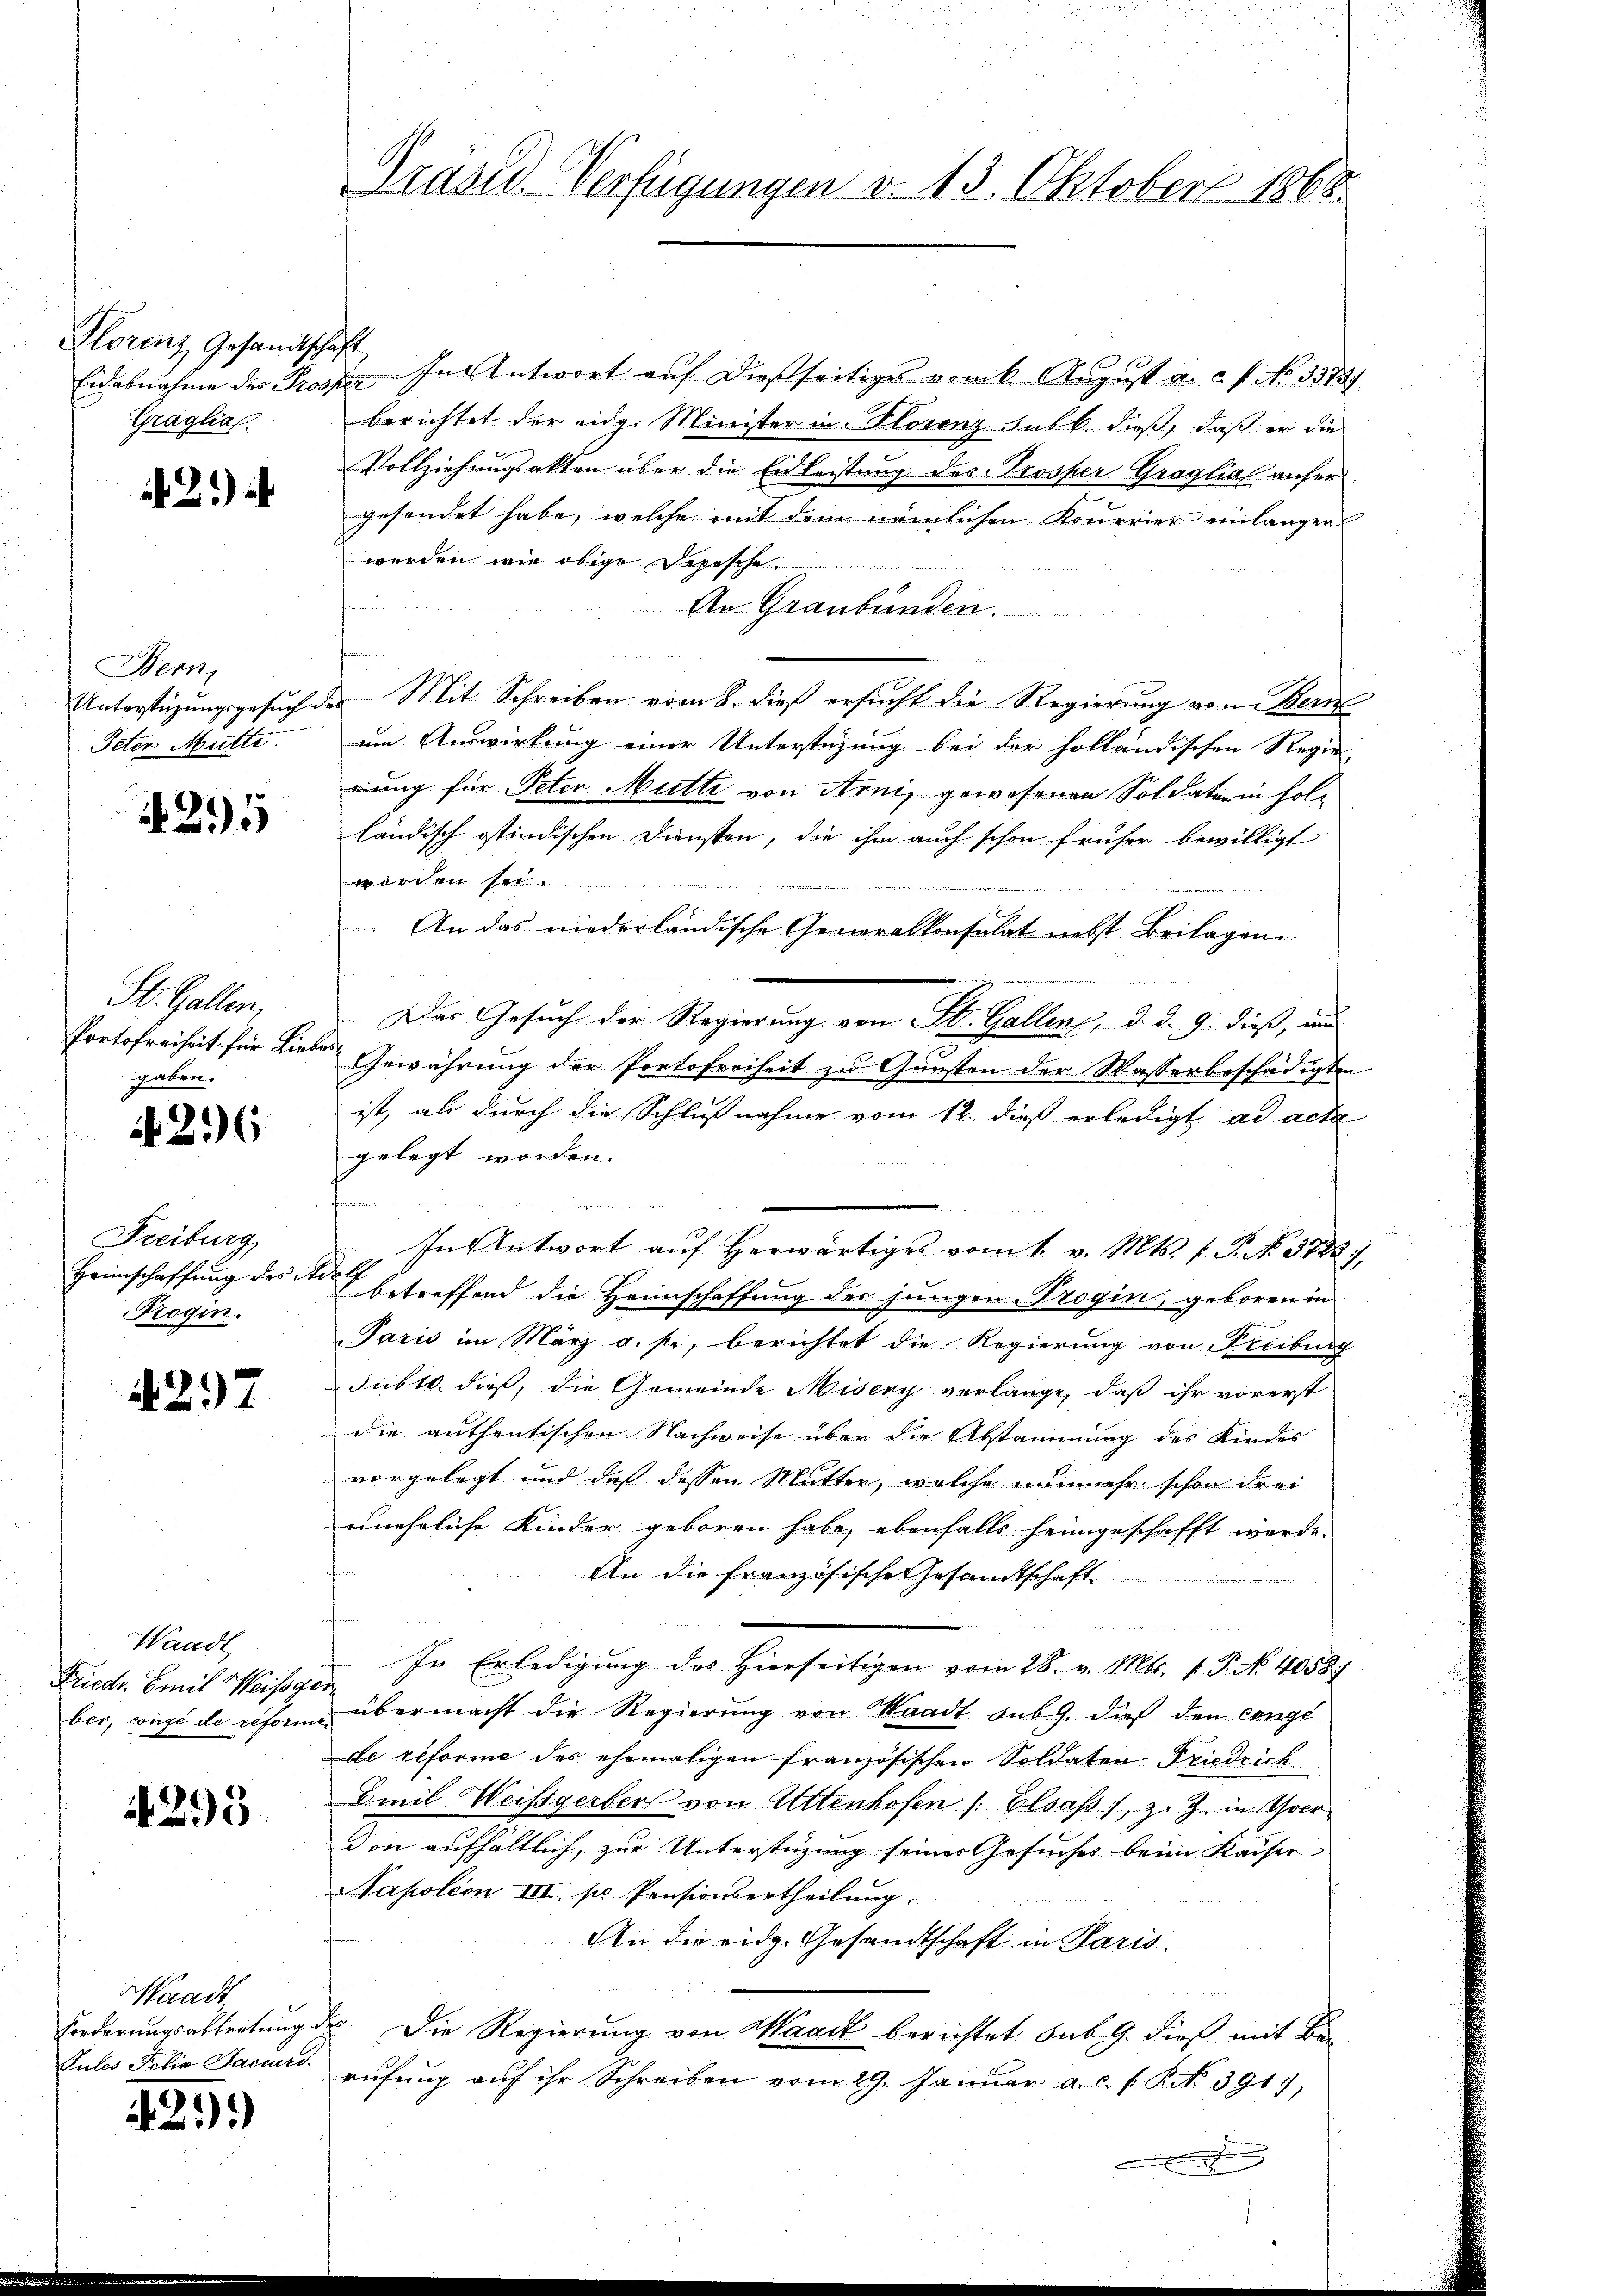
Florenz Gesandtschaft
Graglial.

21)

Wern
Peter Mutti

4295

St. Gallen,
Portofreiheit für Lieben
zenten.

A 216

Freiburg
Heimschaffung des Adolf
Trogin.

4297

Waadt
Friedr. Emil Weisegen

295

Waadt
Forderungsabtretung des
Jules Felix Fachard.

429.

Präsid. Verfügungen v. 13. Oktober 1868.

Eidabnahme des Prosper, In Antwort auf dießseitiges vom k. August a. c. No 35727.
berichtet der eidg. Minister in Florenz Subk. dieß, daß er die
Vollziehungsakten über die Eidleistung des Trosser Graglial anfer
gesendet habe, welche mit dem nämlichen Kourrier einlangen
werden wie obige Depesche

An Graubünden.
Unterstüzungsgesuch der Mit Schreiben vom 8. dieß ersucht die Regierung von Berne
um Auswirkung einer Unterstüzung bei der holländischen Regie-
rung für Peter Mutti von Arni, gewesenen Soldaten in Folländisch ostindischen Diensten, die ihm auch schon früher bewilligt
r an
. An das niederländische Generalkonsulat nebst Beilagen
Das Gesuch der Regierung von St. Gallenz, d. d. 9. dieß, und
Gewährung der Portofreiheit zu Gunsten der Wasserbeschädigten
ist, als durch die Schlußnahme vom 12. dieß erledigt ad acta
gelegt worden.
In Antwort auf herwärtiges vom 1. v. Mts. f. P. No. 3722).
betreffend die Heimschaffung der jungen rogin, geboren in
Paris im März a. p., berichtet die Regierung von Freiburg
Subl. dieß, die Gemeinde Misery verlange, daß ihr vorerst
die authentischen Nachweise über die Abstammung des Kindes
vorgelegt und daß dessen Mutter, welche nunmehr schon drei
uneheliche Kinder geboren habe, ebenfalls heimgeschafft werde.
An die französische Gesandtschaft
In Erledigŭng des hierseitigen vom 28. v. Mts. f. P. No. 4058/
ber, ange de reform übermacht die Regierung von Waadt sub 9. dieß den eingede reforme des ehemaligen französischen Soldaten Friedrich
Emil Weissgerber von Attenhofen /: Elsaß, z. Z. in Ger
don aufhältlich, zur Unterstüzung seiner Gesuches beim Kaiser
Napoleon III. pr. Pensionsertheilung.
An die eidg. Gesandtschaft in Paris.
Die Regierung von Waadt berichtet sub. 9. dieß mit Be-
rŭfŭng aŭf ihr Schreiben vom 29. Janŭar a. c. s. R. 391),
.